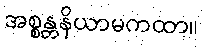
အစ္စန္တနိယာမကထာ။